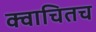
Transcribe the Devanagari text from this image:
क्वाचितच